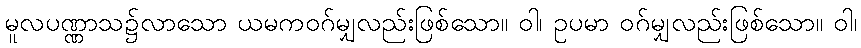
မူလပဏ္ဏာသ၌လာသော ယမကဝဂ်မျှလည်းဖြစ်သော။ ဝါ၊ ဥပမာ ဝဂ်မျှလည်းဖြစ်သော။ ဝါ၊